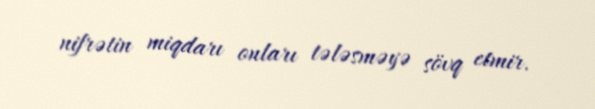
nifrətin miqdarı onları tələsməyə sövq etmir.